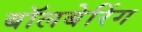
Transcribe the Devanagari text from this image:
बॉलबेरिंग